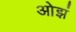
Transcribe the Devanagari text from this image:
ओझं